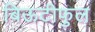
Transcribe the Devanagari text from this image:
बिऊटीफुल